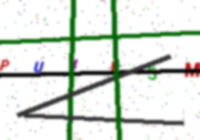
Text: PU4K5M